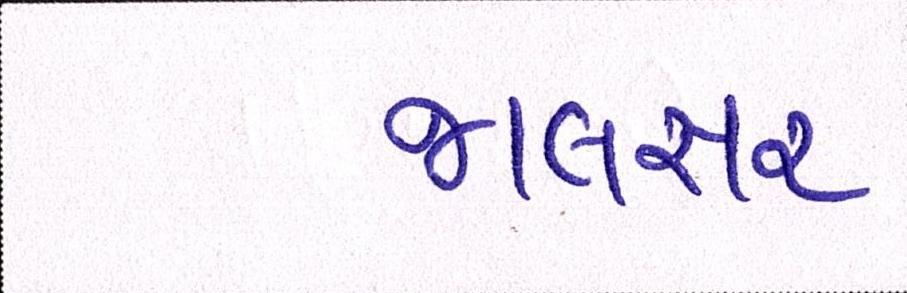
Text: જાલસર